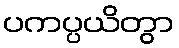
ပကပ္ပယိတွာ